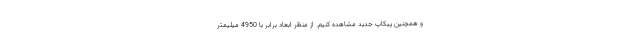
و همچنین پیکاپ جدید مشاهده کنیم. از منظر ابعاد برابر با 4950 میلیمتر